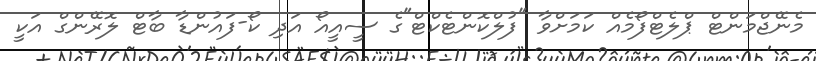
މެނޭޖްމަންޓް ޕްލެޓްފޯމެއް ކަމަށްވާ "ފުލްކޮންޓެކްޓް"ގެ ސީއީއޯ އަދި ކޯ-ފައުންޑާ ބާޓް ލޮރޭންގް އަކީ